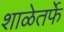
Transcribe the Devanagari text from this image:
शाळेतर्फे